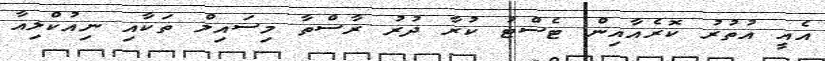
އެއީ އުތުރު ކޮރެއާއިން ޓެސްޓު ކުރާ ދުރު ރާސްތާ މިސައިލް ތަކާއި ނިއުކްލިއާ